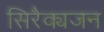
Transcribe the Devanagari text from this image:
सिरैक्यजन